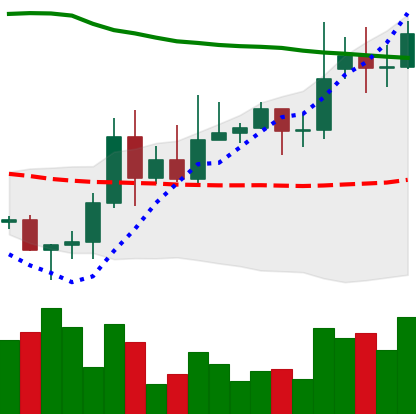
Ticker: DOGE-USD
Chart end date: 2020-11-20
Forward return: 24.899%
Label: up_7plus